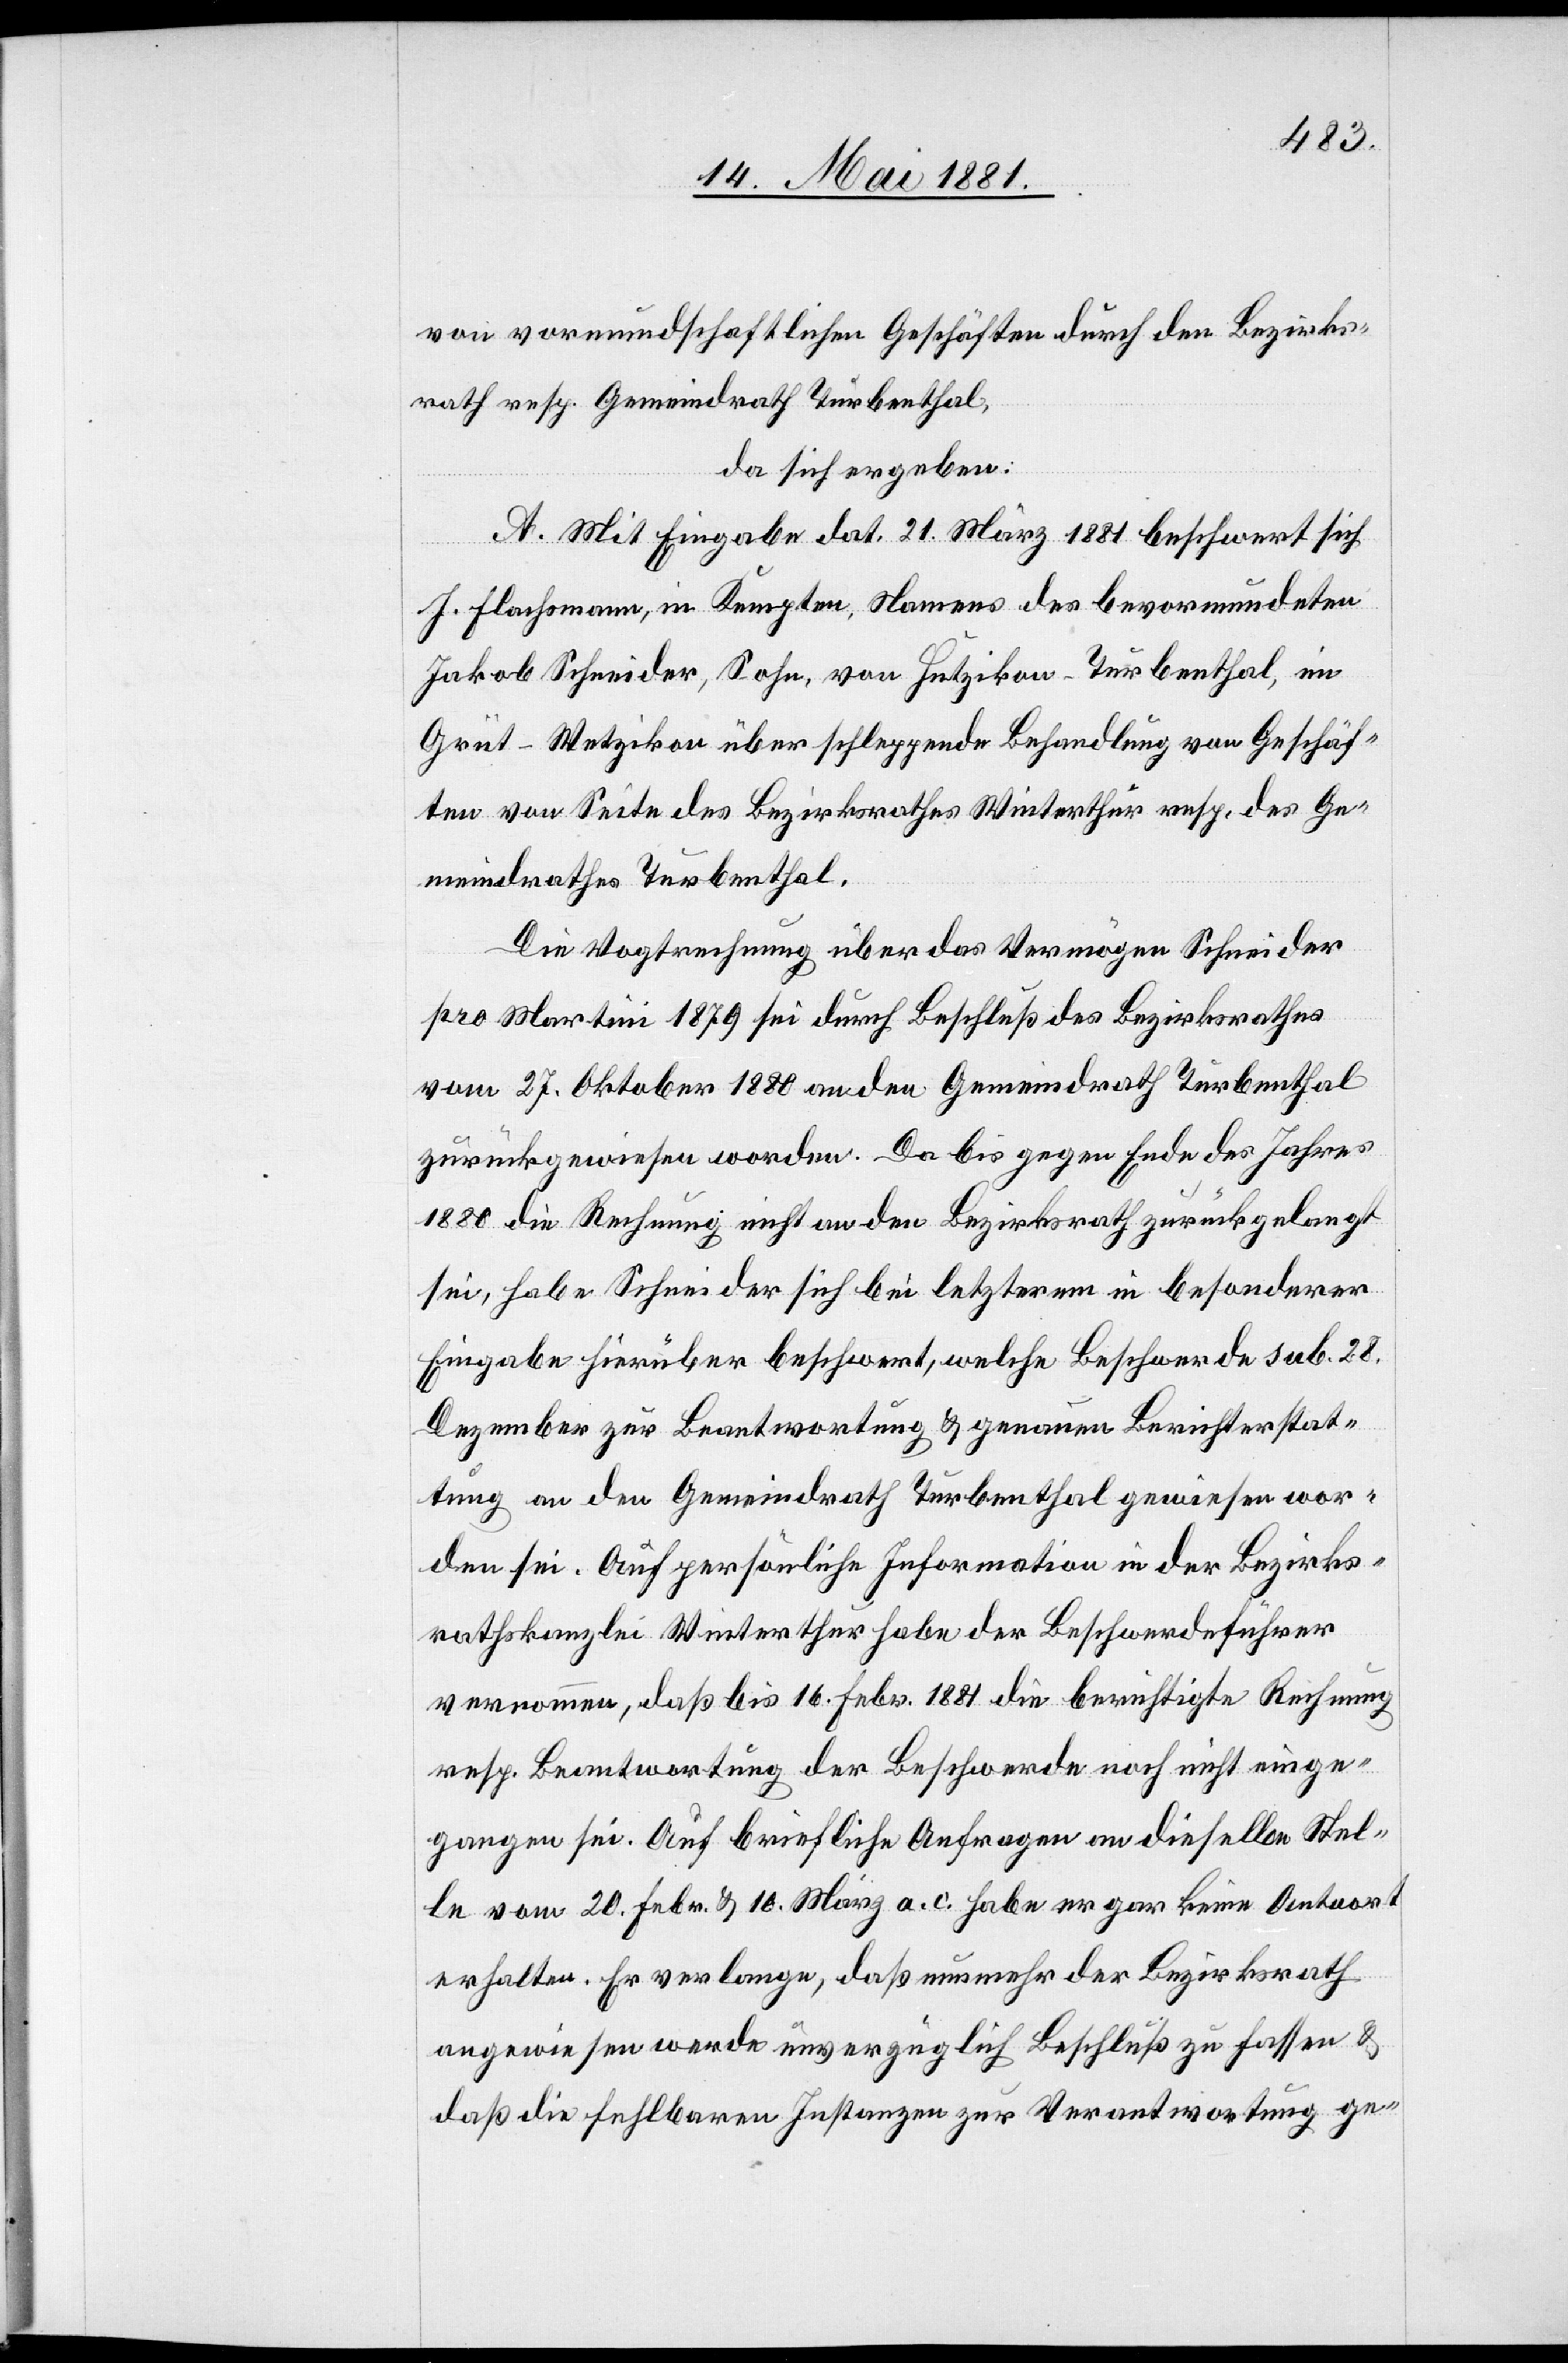
von vormundschaftlichen Geschäften durch den Bezirks¬
rath resp. Gemeindrath Turbenthal,
da sich ergeben:
A. Mit Eingabe dat. 21. März 1880 beschwert sich
J. Flachsamen, in Kempten, Namens des bevormundeten
Jakob Schneider, Sohn, von Hutzikon - Turbenthal, im
Grüt - Wetzikon über schleppende Behandlung von Geschäf¬
ten von Seite des Bezirksrathes Winterthur resp. des Ge¬
meindrathes Turbenthal.
Die Vogtrechnung über das Vermögen Schneider
pro Martini 1879 sei durch Beschluß des Bezirksrathes
vom 27. Oktober 1880 an den Gemeindrath Turbenthal
zurückgewiesen worden. Da bis gegen Ende des Jahres
1880 die Rechnung nicht an den Bezirksrath zurückgelangt
sei, habe Schneider sich bei letzterem in besonderer
Eingabe hierüber beschwert, welche Beschwerde sub. 28.
Dezember zur Beantwortung & genannten Berichterstat¬
tung an den Gemeindrath Turbenthal gewiesen wor¬
den sei. Auf persönliche Information in der Bezirks¬
rathskanzlei Winterthur habe der Beschwerdeführer
vernommen, daß bis 16. Febr. 1881 die berichtigte Rechnung
resp. Beantwortung der Beschwerde noch nicht einge¬
gangen sei. Auf briefliche Anfrage an dieselbe Stel¬
le vom 20. Febr. & 10. März a. c. habe er gar keine Antwort
erhalten. Er verlange, daß nunmehr der Bezirksrath
angewiesen werde unverzüglich Beschluß zu fassen &
daß die fehlbaren Instanzen zur Verantwortung ge-